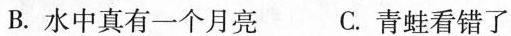
B.水中真有一个月亮 C.青蛙看错了